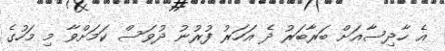
އެ ހާދިސާއަށް ބަރާބަރު ދެ އަހަރު ފުރުނު ދުވަސް ކަމަށްވާ މި މަހުގެ